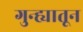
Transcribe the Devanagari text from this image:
गुन्ह्यातून